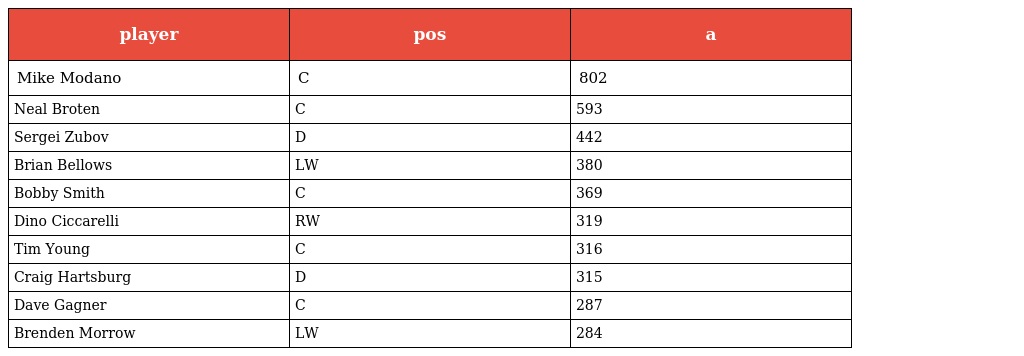
| player | pos | a |
 | --- | --- | --- |
 | Mike Modano | C | 802 |
 | Neal Broten | C | 593 |
 | Sergei Zubov | D | 442 |
 | Brian Bellows | LW | 380 |
 | Bobby Smith | C | 369 |
 | Dino Ciccarelli | RW | 319 |
 | Tim Young | C | 316 |
 | Craig Hartsburg | D | 315 |
 | Dave Gagner | C | 287 |
 | Brenden Morrow | LW | 284 |